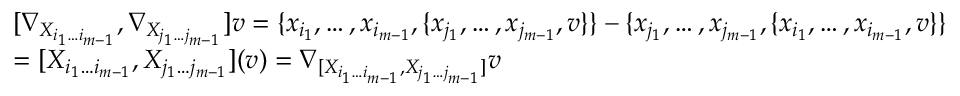
\begin{array} { r l } & { [ \nabla _ { X _ { i _ { 1 } \dotsc i _ { m - 1 } } } , \nabla _ { X _ { j _ { 1 } \dotsc j _ { m - 1 } } } ] v = \{ x _ { i _ { 1 } } , \dotsc , x _ { i _ { m - 1 } } , \{ x _ { j _ { 1 } } , \dotsc , x _ { j _ { m - 1 } } , v \} \} - \{ x _ { j _ { 1 } } , \dotsc , x _ { j _ { m - 1 } } , \{ x _ { i _ { 1 } } , \dotsc , x _ { i _ { m - 1 } } , v \} \} } \\ & { = [ X _ { i _ { 1 } \dotsc i _ { m - 1 } } , X _ { j _ { 1 } \dotsc j _ { m - 1 } } ] ( v ) = \nabla _ { [ X _ { i _ { 1 } \dotsc i _ { m - 1 } } , X _ { j _ { 1 } \dotsc j _ { m - 1 } } ] } v } \end{array}